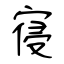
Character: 寑